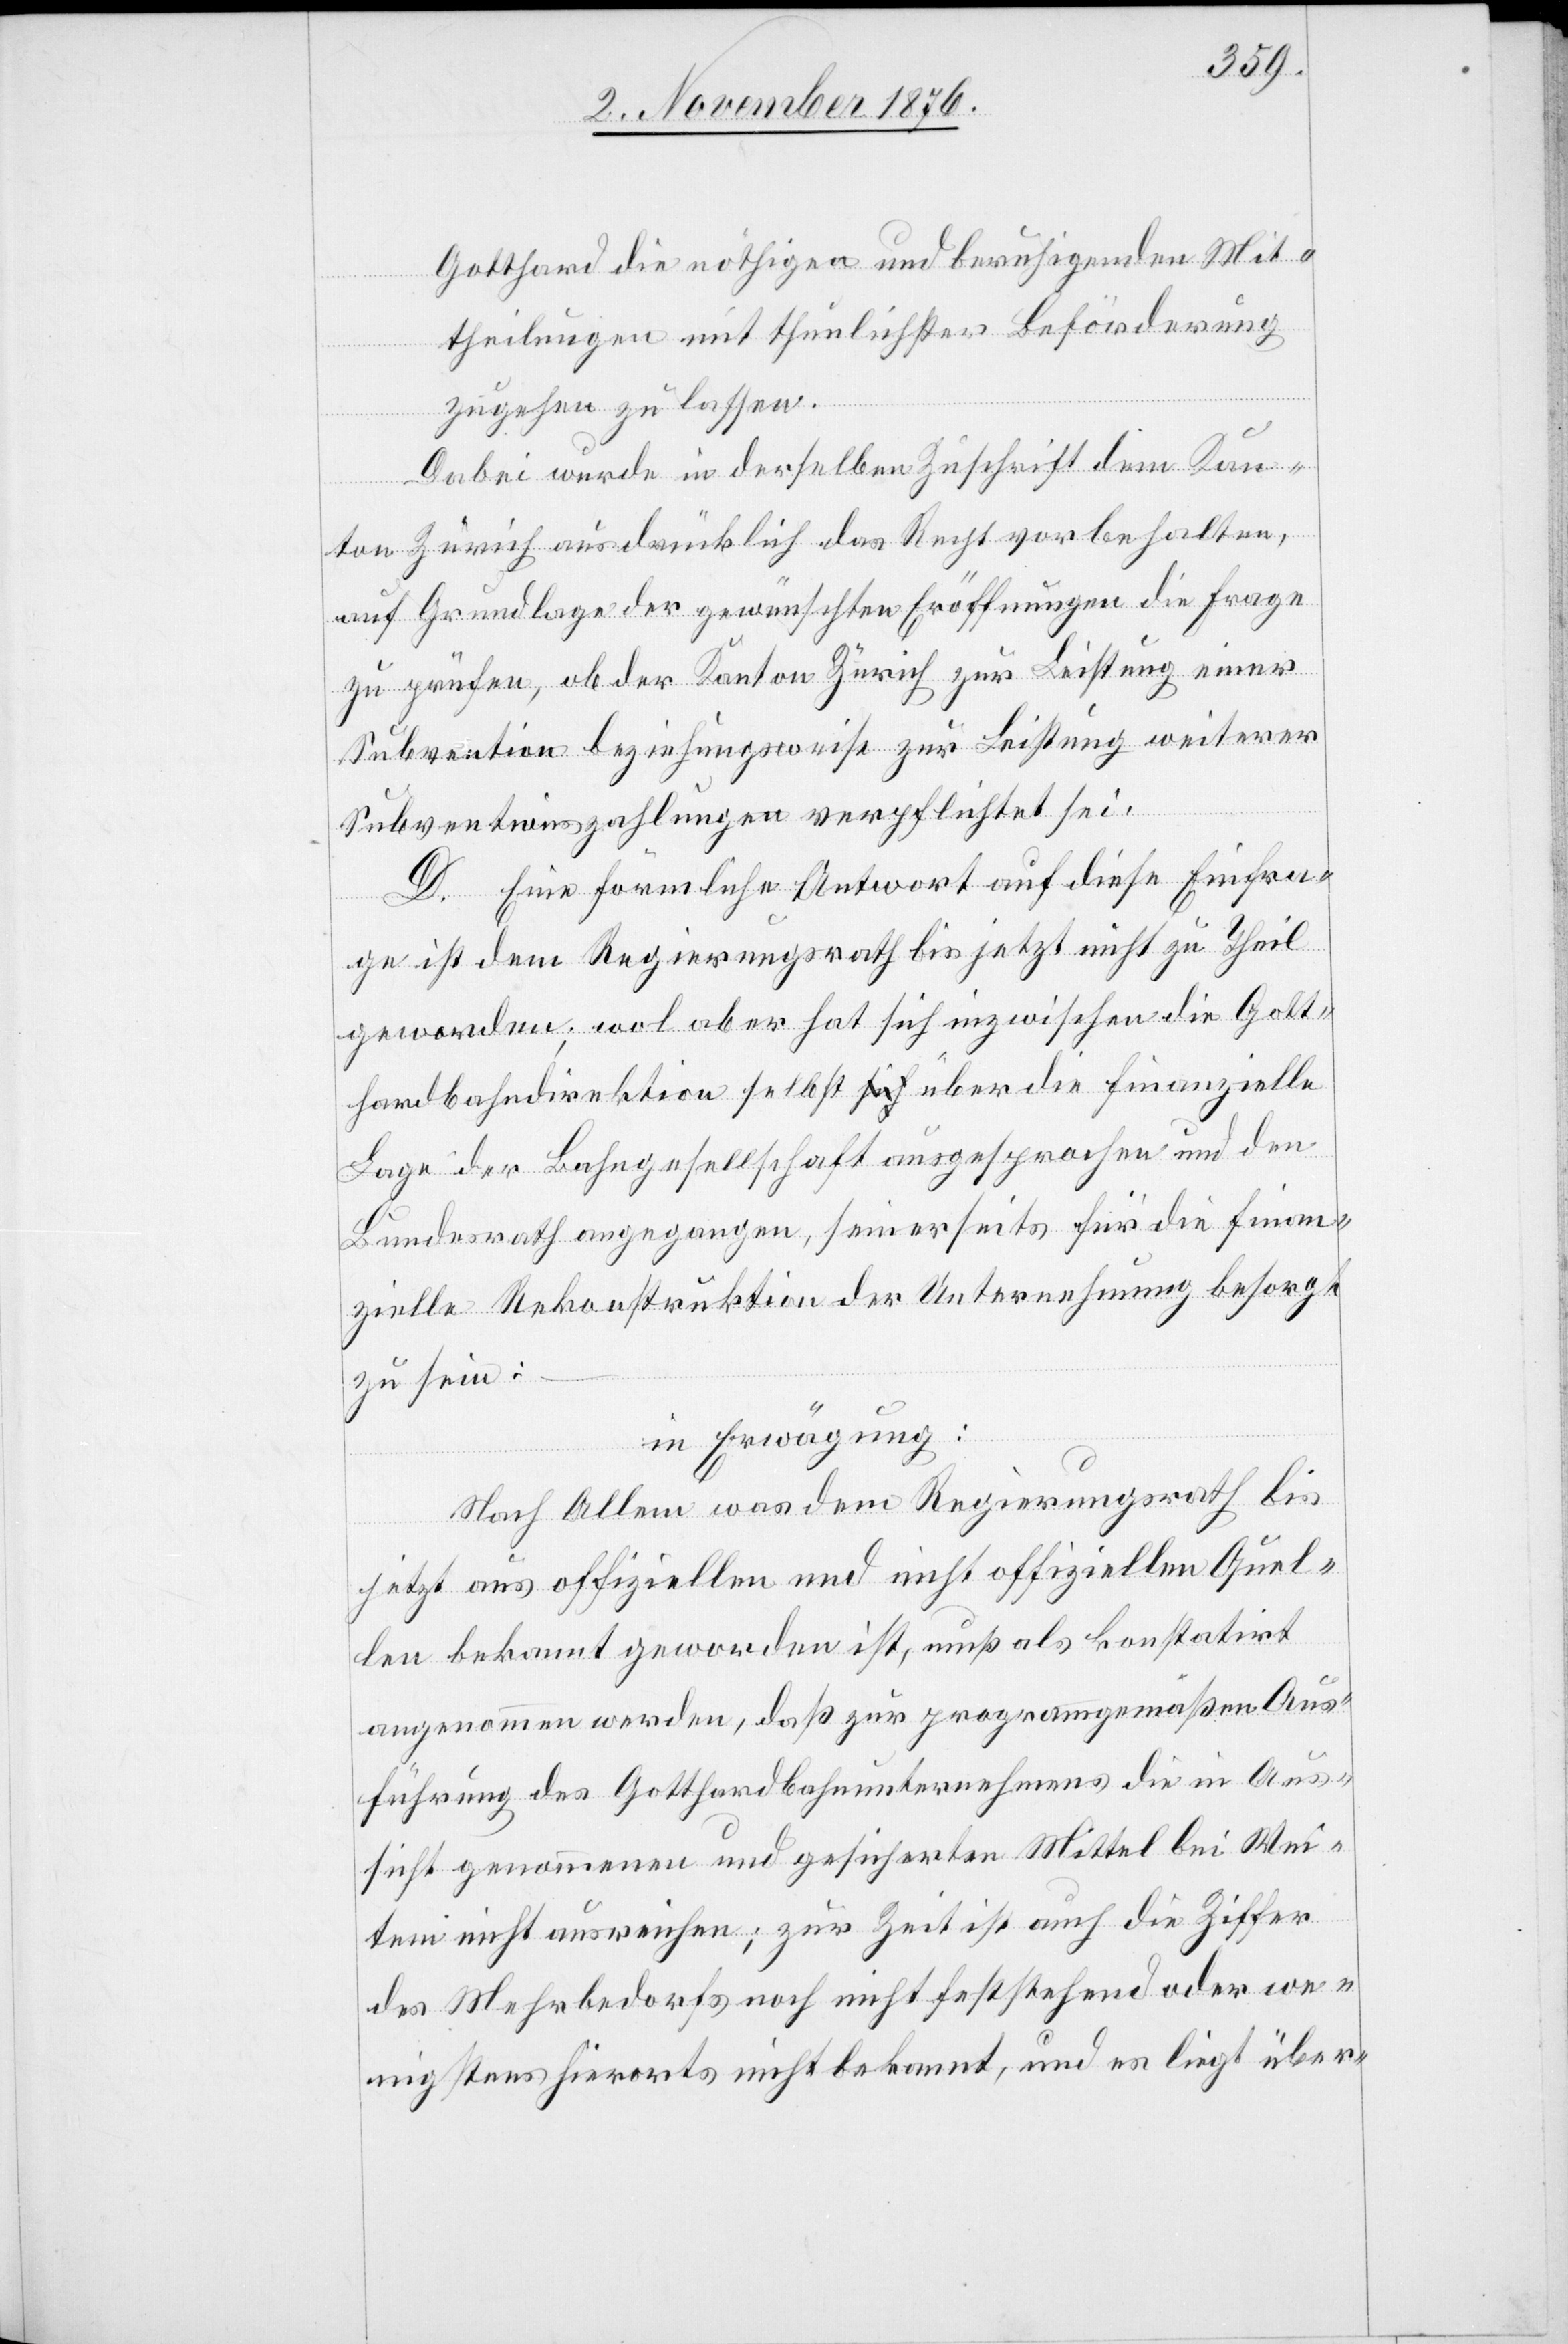
Gotthard die nöthigen und beruhigenden Mit¬
theilungen mit thunlichster Beförderung
zugehen zu lassen.
Dabei wurde in derselben Zuschrift dem Kan¬
ton Zürich ausdrücklich das Recht vorbehalten,
auf Grundlage der gewünschten Eröffnungen die Frage
zu prüfen, ob der Kanton Zürich zur Leistung einer
Subvention beziehungsweise zur Leistung weiterer
Subventionszahlungen verpflichtet sei.
D. Eine förmliche Antwort auf diese Einfra¬
ge ist dem Regierungsrath bis jetzt nicht zu Theil
geworden; wol aber hat sich inzwischen die Gott¬
hardbahndirektion selbst über die finanzielle
Lage der Bahngesellschaft ausgesprochen und den
Bundesrath angegangen, seinerseits für die finan¬
zielle Rekonstruktion der Unternehmung besorgt
zu sein:
in Erwägung:
Nach Allem was dem Regierungsrath bis
jetzt aus offiziellen und nicht offiziellen Quel¬
len bekannt geworden ist, muß als konstatirt
angenommen werden, daß zur programmgemäßen Aus¬
führung des Gotthardbahnunternehmens die in Aus¬
sicht genommenen und gesicherten Mittel bei Wei¬
tem nicht ausreichen; zur Zeit ist auch die Ziffer
des Mehrbedarfs noch nicht feststehend oder we¬
nigstens hierorts nicht bekannt, und es liegt über-